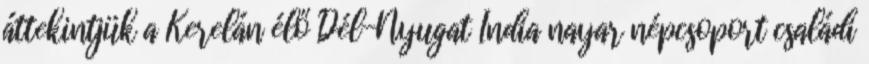
áttekintjük a Kerelán élő Dél-Nyugat India nayar népcsoport családi